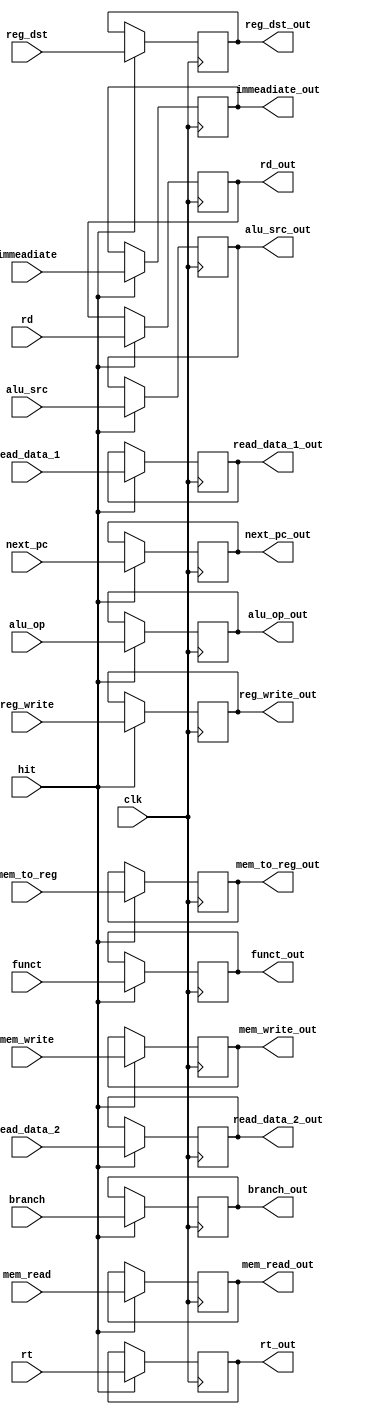
`timescale 1ns / 1ps

module ID_EX_reg (
	input clk,
	input hit,
	input [31:0] read_data_1,
	input [31:0] read_data_2,
	input [31:0] immeadiate,
	input reg_dst, 
	input alu_src, 
	input mem_to_reg, 
	input reg_write, 
	input mem_read,
	input mem_write, 
	input branch,
	input [ 2:0] alu_op,
	input [ 4:0] rt,
	input [ 4:0] rd,
	input [ 5:0] funct,
	input [31:0] next_pc,
	
	output reg [31:0] read_data_1_out,
	output reg [31:0] read_data_2_out,
	output reg [31:0] immeadiate_out,
	output reg reg_dst_out, 
	output reg alu_src_out, 
	output reg mem_to_reg_out, 
	output reg reg_write_out, 
	output reg mem_read_out,
	output reg mem_write_out, 
	output reg branch_out,
	output reg [ 2:0] alu_op_out,
	output reg [ 4:0] rt_out,
	output reg [ 4:0] rd_out,
	output reg [ 5:0] funct_out,
	output reg [31:0] next_pc_out
	);
	
	always @(negedge clk) begin
		if (hit == 1'b1) begin
			read_data_1_out <= read_data_1;
			read_data_2_out <= read_data_2;
			immeadiate_out <= immeadiate;
			reg_dst_out <= reg_dst;
			alu_src_out <= alu_src;
			mem_to_reg_out <= mem_to_reg;
			reg_write_out <= reg_write;
			mem_read_out <= mem_read;
			mem_write_out <= mem_write; 
			branch_out <= branch;
			alu_op_out <= alu_op	;
			rt_out <= rt;
			rd_out <= rd;
			funct_out <= funct;
			next_pc_out <= next_pc;
		end
	end

endmodule